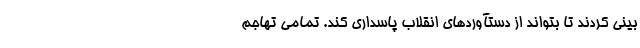
بینی کردند تا بتواند از دستآورد‌های انقلاب پاسداری کند. تمامی تهاجم